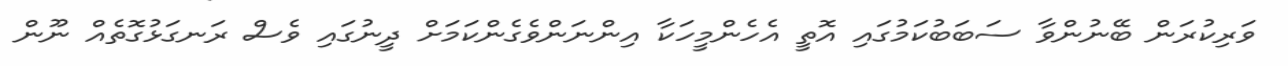
ވަރިކުރަން ބޭނުންވާ ސަބަބުކަމުގައި އޮތީ އެހެންމީހަކާ އިންނަންވެގެންކަމަށް ދީނުގައި ވެސް ރަނގަޅުގޮތެއް ނޫން